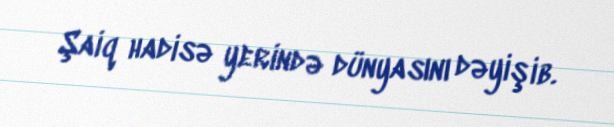
Şaiq hadisə yerində dünyasını dəyişib.